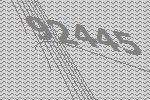
92445